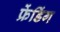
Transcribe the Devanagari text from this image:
फ्रेंडिंग